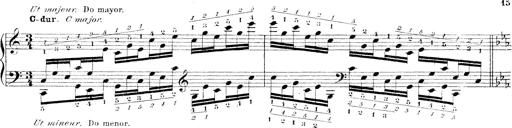
Title: Technische Studien
Composer: Franz Liszt